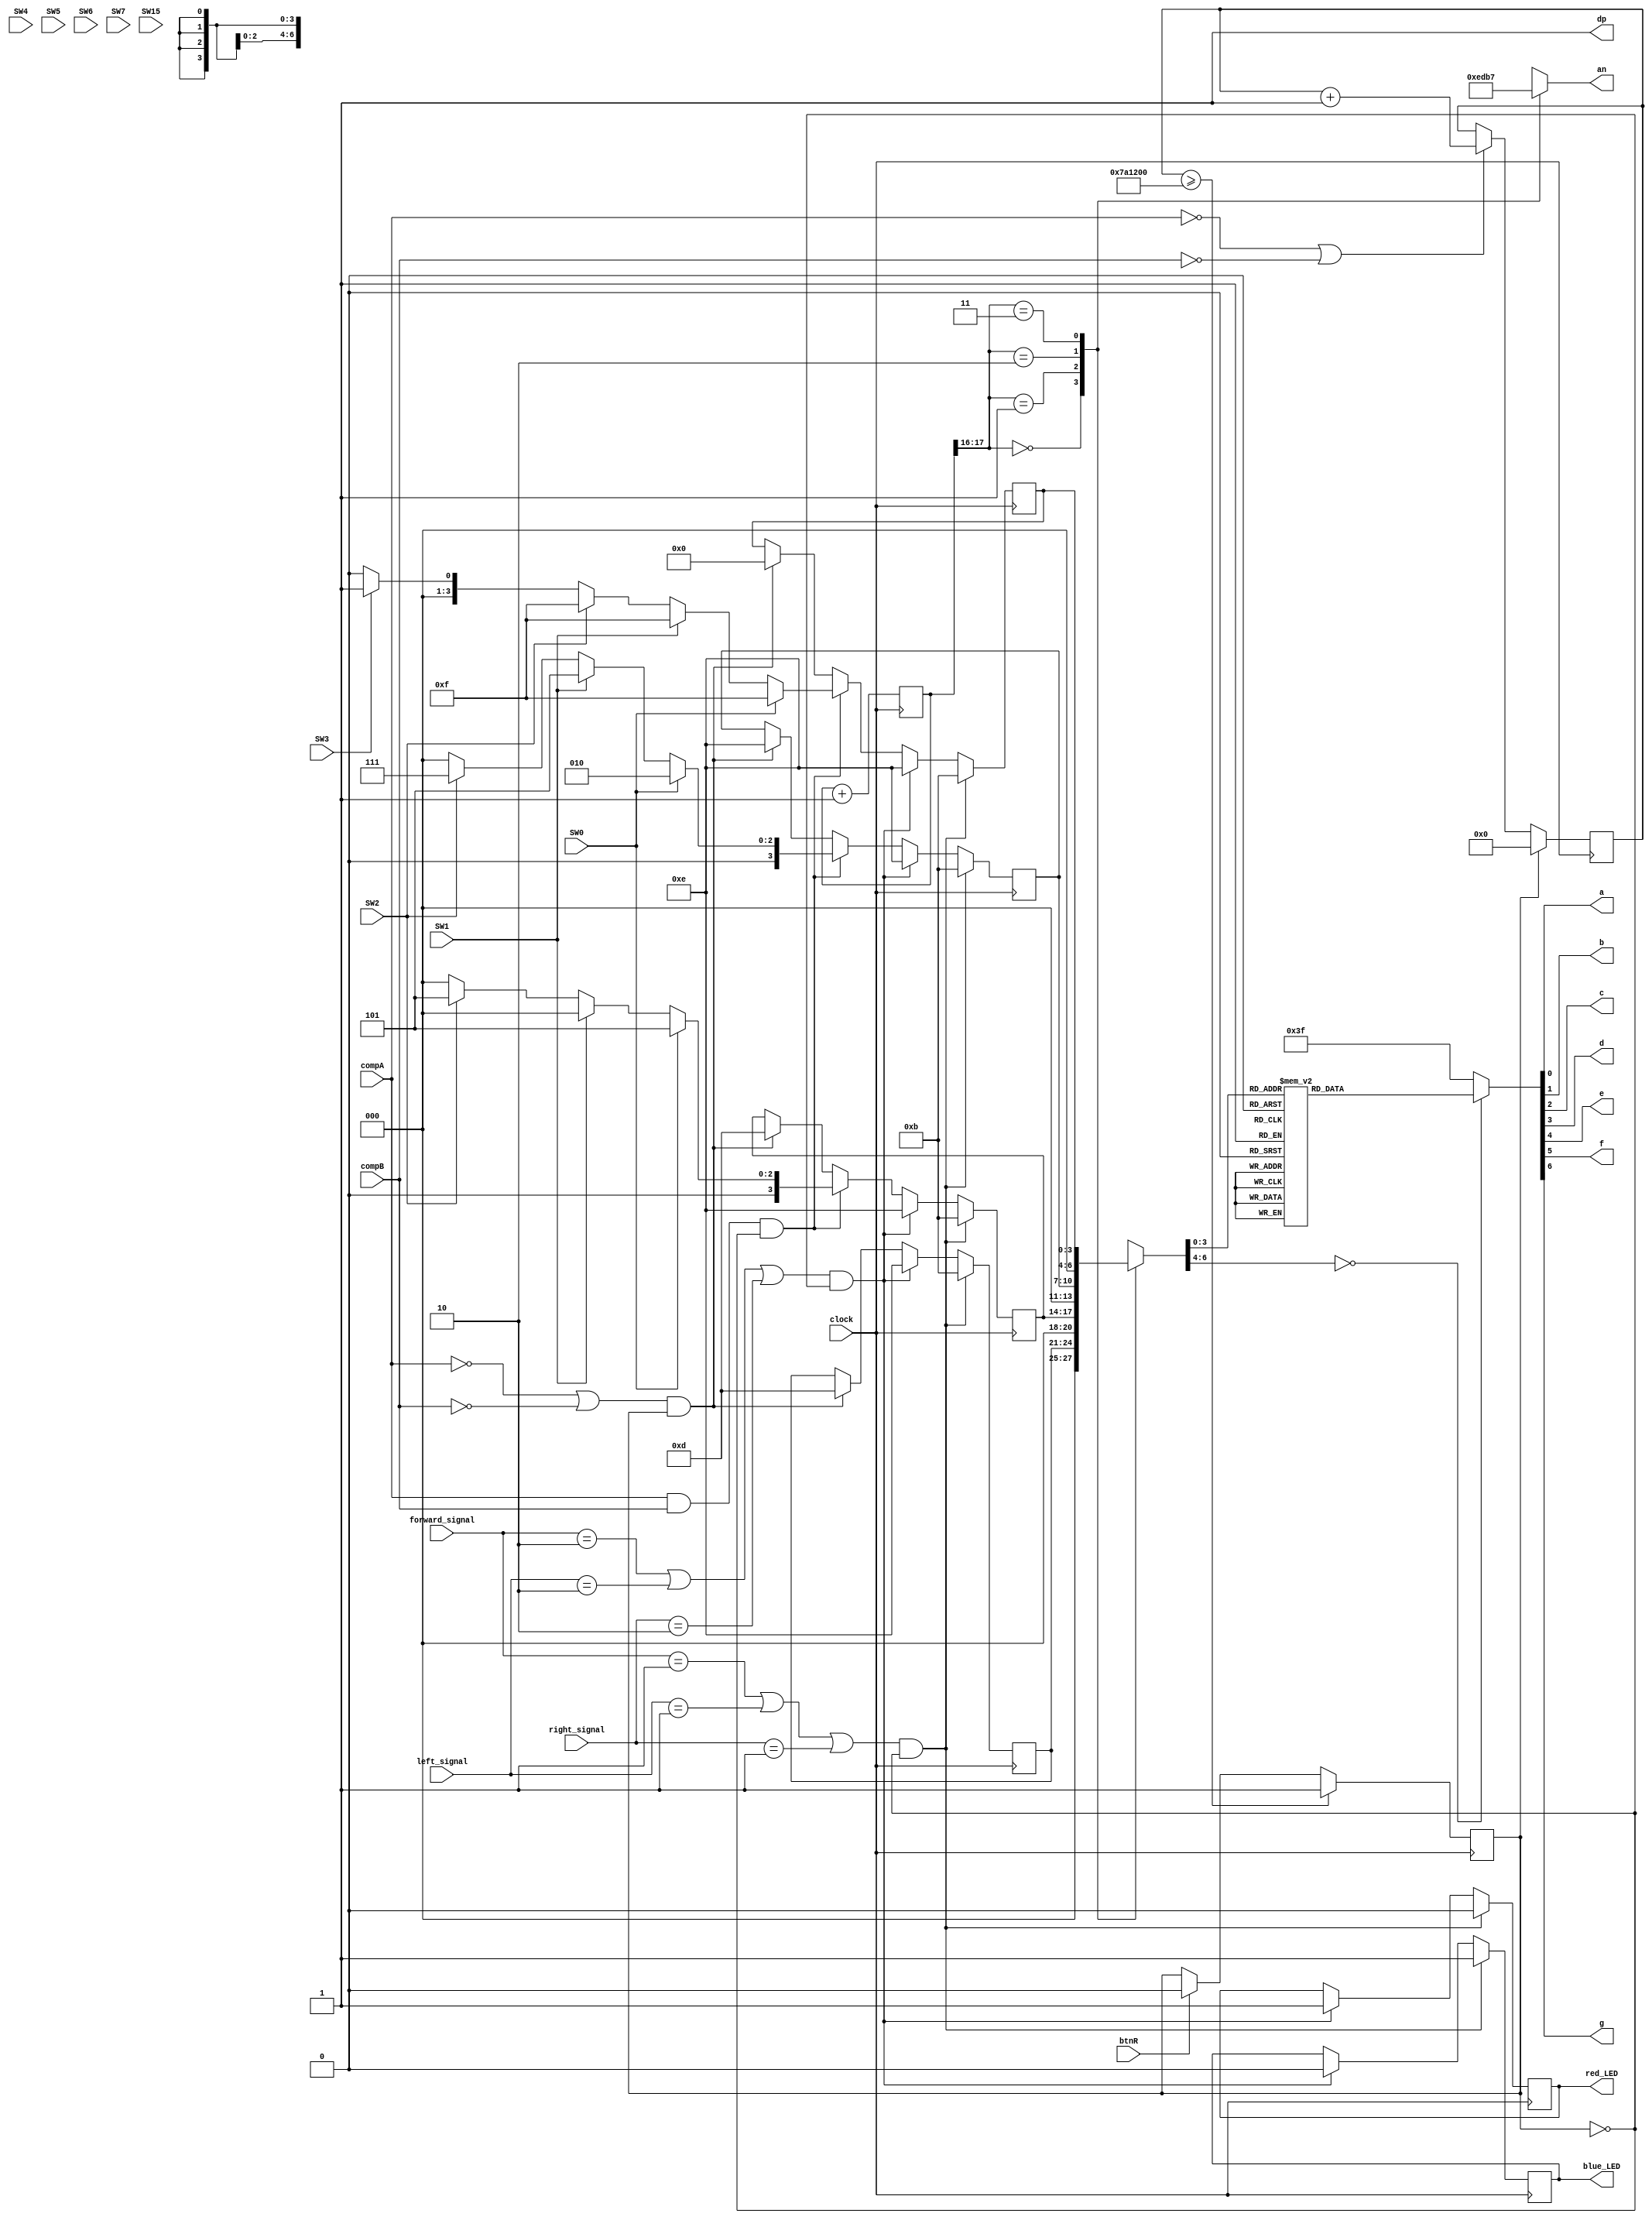
`timescale 1ns / 1ps

module Pico_7seg(
    input clock,
    input SW0,SW1,SW2,SW3,SW4,SW5,SW6,SW7,SW15, compA, compB, btnR,
    output a, b, c, d, e, f, g, dp, blue_LED, red_LED,
    output [3:0] an,
    input [1:0] forward_signal, left_signal, right_signal
);

    localparam N = 18;
    
    reg [3:0] in0, in1, in2, in3;
    reg [N-1:0]countn;
    reg [1:0] resetn;
    reg [6:0]sseg;
    reg [3:0]an_temp;
    reg [6:0] sseg_temp;
    reg stop1, red_reg, blue_reg;
    reg [31:0] surge_clock1;
    

    initial begin
        red_reg = 0;
        blue_reg = 0;
        countn = 0;
        resetn = 0;
        in0 = 0;
        in1 = 0;
        in2 = 0;
        in3 = 0;
        stop1 = 0;
        surge_clock1 = 0;
    end


// DISPLAY STUFF (NOT IMPORTANT)
    always@(posedge clock) begin
        if (resetn)                     //counter for 7-segment display multiplexing
            countn <= 0;
        else
            countn <= countn + 1; 
    end



always@(posedge clock) begin    //sets speed value and updates 7-seg to display duty cycle
        if (btnR)
        stop1 <= 0;
        
        
        if(stop1 == 0) begin
            if (!compA || !compB)
            surge_clock1 <= surge_clock1 + 1;
            end
        else begin
        surge_clock1 <= 0;
        end
        if (surge_clock1 >= 8000000)
        stop1 <= 1;
        
        
        if ((compA == 0 || compB == 0) && stop1 == 1)begin
            in0 <= 13;
            in1 <= 13;
            in2 <= 14;
            in3 <= 0;
        end

        if ((forward_signal[1:0] == 2'b01 || left_signal[1:0] == 2'b01 || right_signal[1:0] == 2'b01) && !stop1) begin
            in0 <= 11;
            in1 <= 11;
            in2 <= 11;
            in3 <= 11;
            blue_reg <= 1;
            red_reg <= 0;
        end
        else if ((forward_signal[1:0] == 2'b10 || left_signal[1:0] == 2'b10 || right_signal[1:0] == 2'b10) && !stop1) begin
            in0 <= 14;
            in1 <= 14;
            in2 <= 14;
            in3 <= 14;
            blue_reg <= 0;
            red_reg <= 1;
        end
       
       else if (compA == 1 && compB == 1 && !stop1) begin
       
        if(SW0)
        begin
            in1 <= 5;
            in2 <= 2;
            in3 <= 15;
        end 
        else if(SW1)
        begin
            in1 <= 0;
            in2 <= 5;
            in3 <= 15;
        end 
        else if(SW2)
        begin
            in1 <= 5;
            in2 <= 7;
            in3 <= 15;
        end 
        else if(SW3)
        begin
            in1 <= 0;
            in2 <= 0;
            in3 <= 1;
        end 
        else 
        begin
            in1 <= 0;
            in2 <= 0;
            in3 <= 0;
        end
    end

   //Assigns direction for the two motors and updates the 7-seg to display direction
        else if(compA == 1 && compB == 1 && !stop1) begin
            if(SW4)begin                            //FORWARDS
                in0 <= 11;
            end
            
            if(SW5)begin                            //BACKWARDS
                in0 <= 10;
            end    
            if(SW6)begin                            //LEFT
                in0 <= 13;
            end   
            if(SW7)begin                            //RIGHT
                in0 <= 12;
            end  
            if(~SW4 && ~SW5 && ~SW6 && ~SW7)begin   //STOPPED if switches are not on
                in0 <= 15;
            end
       end
    end

always @ (*)begin       //turn on anode 0-3
    case(countn[N-1:N-2]) //using only the 2 MSB's of the counter 
        2'b00 :  //When the 2 MSB's are 00 enable the fourth display
        begin
            sseg = in0;
            an_temp = 4'b1110;
        end
        2'b01:  //When the 2 MSB's are 01 enable the third display
        begin
            sseg = in1;
            an_temp = 4'b1101;
        end
        2'b10:  //When the 2 MSB's are 10 enable the second display
        begin
            sseg = in2;
            an_temp = 4'b1011;
        end
        2'b11:  //When the 2 MSB's are 11 enable the first display
        begin
            sseg = in3;
            an_temp = 4'b0111;
        end
    endcase
    end
    
    assign an = an_temp;    //turn on anode 0-3


always @ (*)begin       //assign which segments are turned off/on to display a character
    case(sseg)
        4'd0 : sseg_temp = 7'b1000000; //to display 0
        4'd1 : sseg_temp = 7'b1111001; //to display 1
        4'd2 : sseg_temp = 7'b0100100; //to display 2
        4'd3 : sseg_temp = 7'b0110000; //to display 3
        4'd4 : sseg_temp = 7'b0011001; //to display 4
        4'd5 : sseg_temp = 7'b0010010; //to display 5
        4'd6 : sseg_temp = 7'b0000010; //to display 6
        4'd7 : sseg_temp = 7'b1111000; //to display 7
        4'd8 : sseg_temp = 7'b0000000; //to display 8
        4'd9 : sseg_temp = 7'b0010000; //to display 9
        4'd10 : sseg_temp = 7'b0000011;//to display b
        4'd11 : sseg_temp = 7'b0001110;//to display F
        4'd12 : sseg_temp = 7'b1000111;//to display L
        4'd13 : sseg_temp = 7'b0101111;//to display R
        4'd14 : sseg_temp = 7'b1000110;//to display C
        default : sseg_temp = 7'b0111111; //dash
    endcase
    end

    assign {g, f, e, d, c, b, a} = sseg_temp; 
    assign blue_LED = blue_reg;
    assign red_LED = red_reg;
    assign dp = 1'b1;//The decimal point on the 7-seg display is always off

endmodule